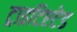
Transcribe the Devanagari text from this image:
ट्राइटिएटेड